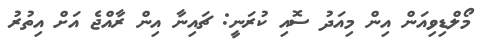
މޯލްޑިވިއަން އިން މިއަދު ސޮއި ކުރަނީ: ޗައިނާ އިން ރާއްޖެ އަށް އިތުރު